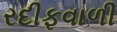
રદીફવાળી